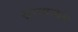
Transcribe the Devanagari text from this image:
सामान्य़तः